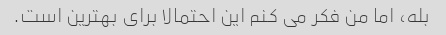
بله، اما من فکر می کنم این احتمالا برای بهترین است.